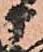
部